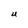
Character: U